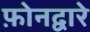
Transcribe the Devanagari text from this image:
फ़ोनद्वारे